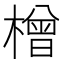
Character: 橧